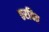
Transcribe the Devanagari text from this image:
ठरवित